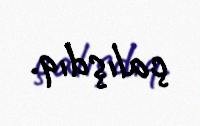
çalışdıq.